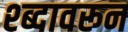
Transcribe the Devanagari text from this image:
श्ब्दावरून